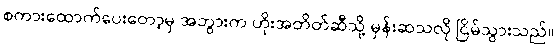
စကားထောက်ပေးတော့မှ အဘွားက ဟိုးအတိတ်ဆီသို့ မှန်းဆသလို ငြိမ်သွားသည်။